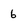
Character: 6